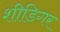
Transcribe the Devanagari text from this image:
शीडिगर